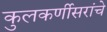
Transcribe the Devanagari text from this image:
कुलकर्णीसरांचे